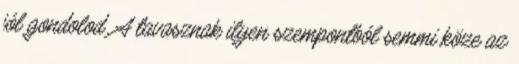
jól gondolod. A tavasznak ilyen szempontból semmi köze az